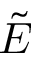
\tilde { E }